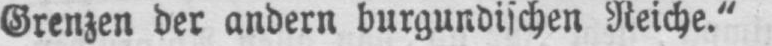
Grenzen der andern burgundischen Reiche.“